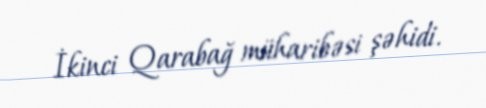
İkinci Qarabağ müharibəsi şəhidi.